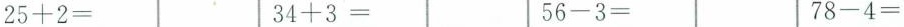
$$2 5 + 2 =$$$$3 4 + 3 =$$$$5 6 - 3 =$$$$7 8 - 4 =$$